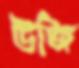
উজি